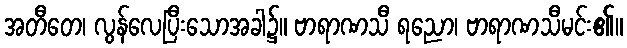
အတီတေ၊ လွန်လေပြီးသောအခါ၌။ ဗာရာဏသီ ရညော၊ ဗာရာဏသီမင်း၏။